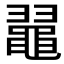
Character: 𪓥